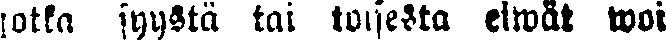
jotta syystä tai toisesta eiwät woi